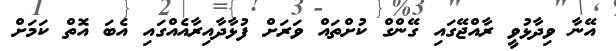
އޭނާ ވިދާޅުވީ ރާއްޖޭގައި ގޭންގް ކުށްތައް ވަރަށް ފުޅާދާއިރާއެއްގައި އެބަ އޮތް ކަމަށް